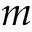
m